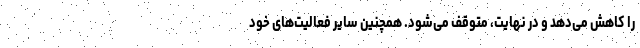
را کاهش می‌دهد و در نهایت، متوقف می‌شود. همچنین سایر فعالیت‌های خود